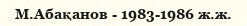
М.Абақанов - 1983-1986 ж.ж.